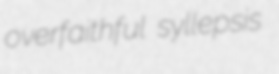
overfaithful syllepsis